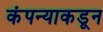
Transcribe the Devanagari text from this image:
कंपन्याकडून